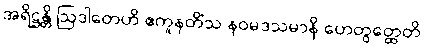
အရိဋ္ဌန္တိ ဩဒါတေဟိ ဧကူနတိံသ နဝမဒသမာနိ ဟေတွတ္ထေတိ